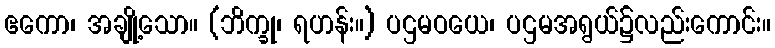
ဧကော၊ အချို့သော။ (ဘိက္ခု၊ ရဟန်း။) ပဌမဝယေ၊ ပဌမအရွယ်၌လည်းကောင်း။